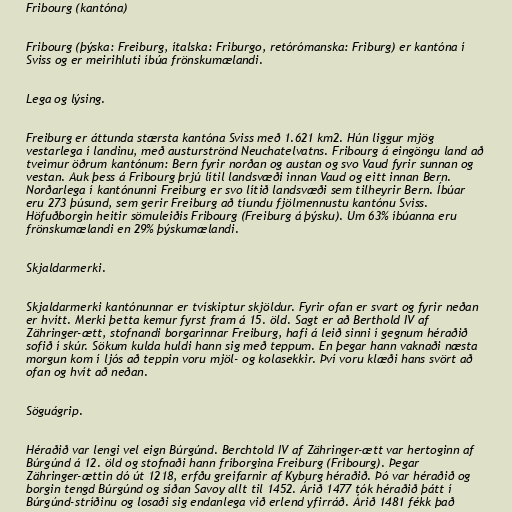
Fribourg (kantóna)

Fribourg (þýska: Freiburg, ítalska: Friburgo, retórómanska: Friburg) er kantóna í
Sviss og er meirihluti íbúa frönskumælandi.

Lega og lýsing.

Freiburg er áttunda stærsta kantóna Sviss með 1.621 km2. Hún liggur mjög
vestarlega í landinu, með austurströnd Neuchatelvatns. Fribourg á eingöngu land að
tveimur öðrum kantónum: Bern fyrir norðan og austan og svo Vaud fyrir sunnan og
vestan. Auk þess á Fribourg þrjú lítil landsvæði innan Vaud og eitt innan Bern.
Norðarlega í kantónunni Freiburg er svo lítið landsvæði sem tilheyrir Bern. Íbúar
eru 273 þúsund, sem gerir Freiburg að tíundu fjölmennustu kantónu Sviss.
Höfuðborgin heitir sömuleiðis Fribourg (Freiburg á þýsku). Um 63% íbúanna eru
frönskumælandi en 29% þýskumælandi.

Skjaldarmerki.

Skjaldarmerki kantónunnar er tvískiptur skjöldur. Fyrir ofan er svart og fyrir neðan
er hvítt. Merki þetta kemur fyrst fram á 15. öld. Sagt er að Berthold IV af
Zähringer-ætt, stofnandi borgarinnar Freiburg, hafi á leið sinni í gegnum héraðið
sofið í skúr. Sökum kulda huldi hann sig með teppum. En þegar hann vaknaði næsta
morgun kom í ljós að teppin voru mjöl- og kolasekkir. Því voru klæði hans svört að
ofan og hvít að neðan.

Söguágrip.

Héraðið var lengi vel eign Búrgúnd. Berchtold IV af Zähringer-ætt var hertoginn af
Búrgúnd á 12. öld og stofnaði hann fríborgina Freiburg (Fribourg). Þegar
Zähringer-ættin dó út 1218, erfðu greifarnir af Kyburg héraðið. Þó var héraðið og
borgin tengd Búrgúnd og síðan Savoy allt til 1452. Árið 1477 tók héraðið þátt í
Búrgúnd-stríðinu og losaði sig endanlega við erlend yfirráð. Árið 1481 fékk það